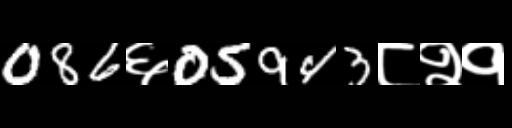
Text: 086६05943८२१